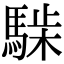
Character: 𩤋